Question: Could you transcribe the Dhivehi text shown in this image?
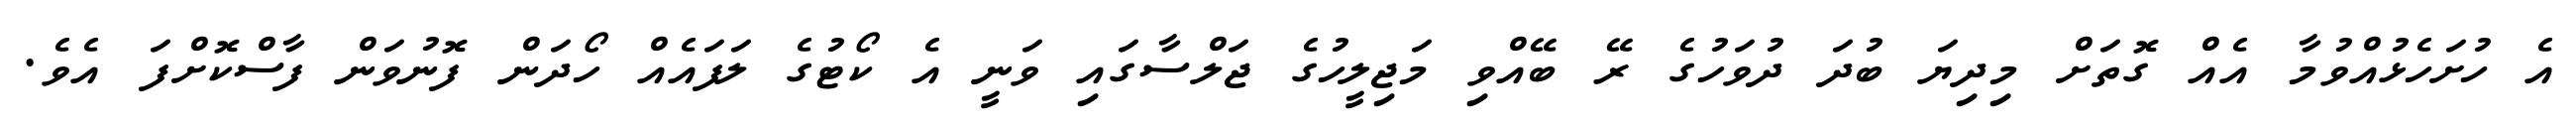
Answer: އެ ހުށަހެޅުއްވުމާ އެއް ގޮތަށް މިދިޔަ ބުދަ ދުވަހުގެ ރޭ ބޭއްވި މަޖިލީހުގެ ޖަލްސާގައި ވަނީ އެ ކޯޓުގެ ލަފައެއް ހޯދަން ފޮނުވަން ފާސްކޮށްފަ އެވެ.